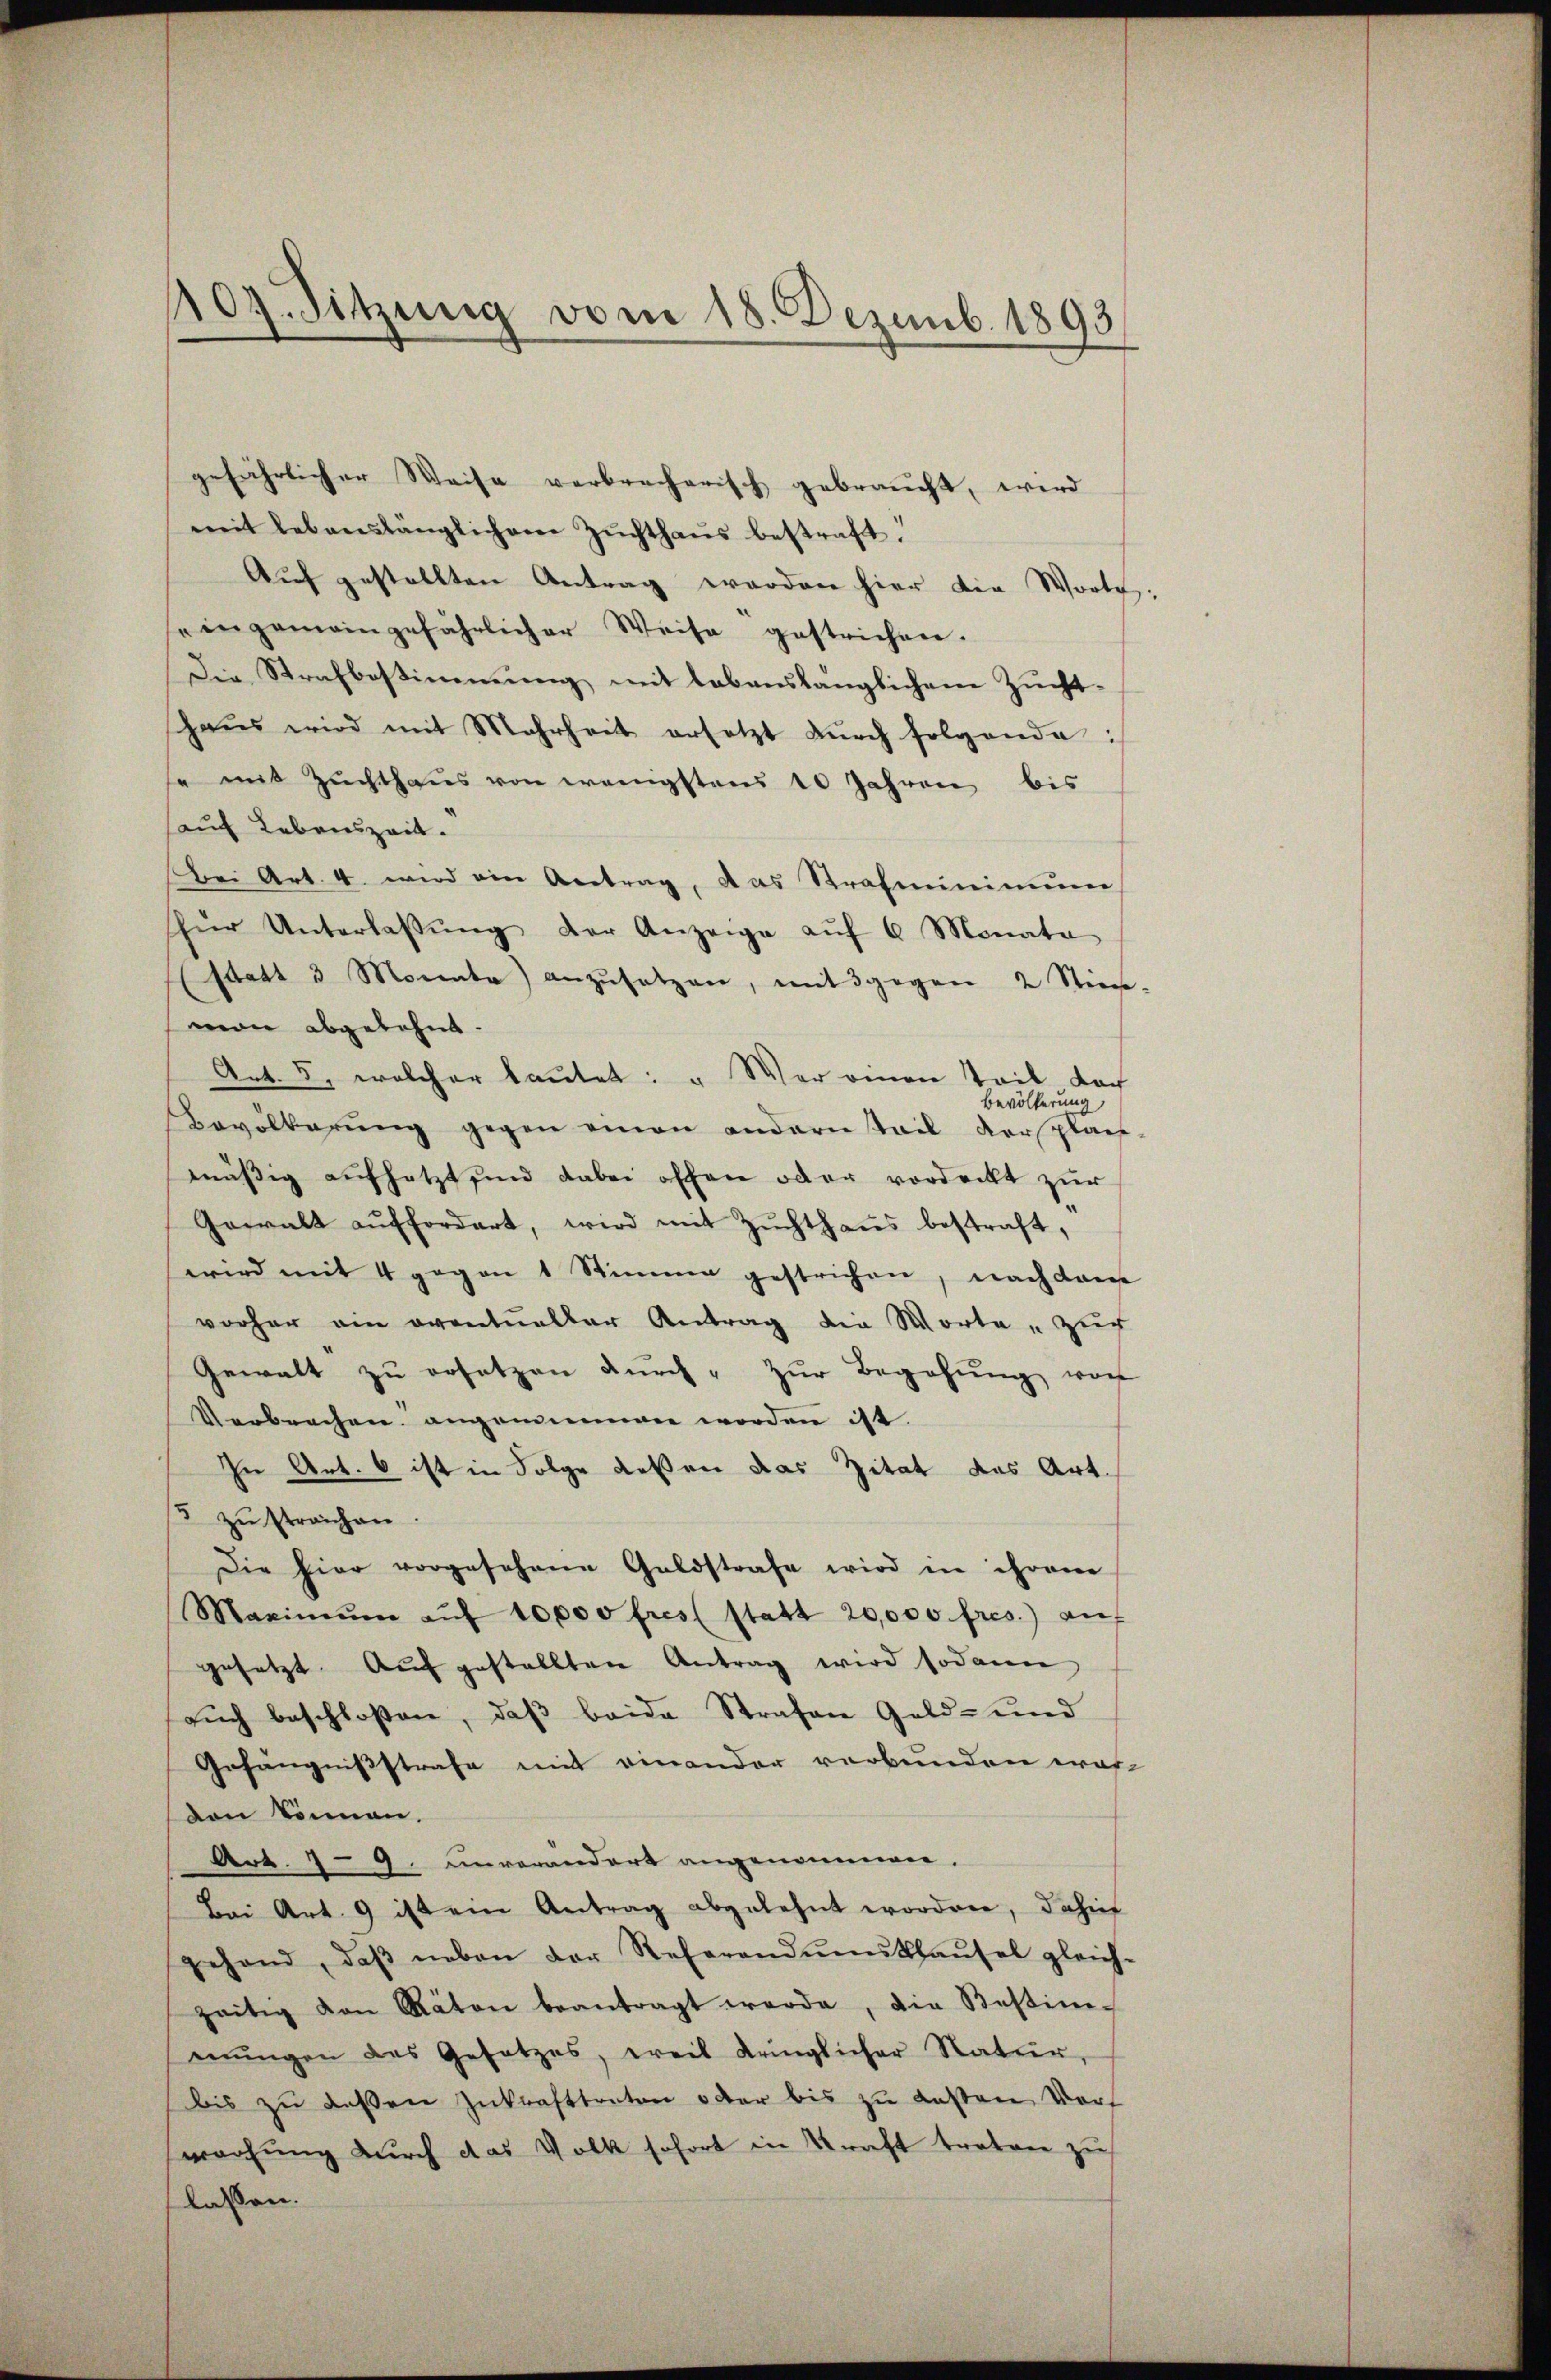
107. Sitzung vom 18. Dezemb. 1893

gefährlicher Weise verbrecherisch gebraucht, wird
mit lebenslänglichem Zŭchthaŭs bestraft.
Aŭf gestellten Antrag werden hier die Worte:
eingemeingefährlicher Weise gestrichen.
Die Strafbestimmung mit lebenslänglichem Zuchthaŭs wird mit Mehrheit ersetzt dŭrch folgende :/
se mit Zuchthaŭs von wenigstens 10 Jahren bis
auf Lebenszeit.
Bei Art. 4. wird ein Antrag, das Strafminimum
für Unterlassŭng der Anzeige aŭf 6 Monata
(statt 3 Monate) anzŭsetzen, mit 3 gegen 2 Stiege-
man abgelehnt.
Art. 5, welcher lautet: „Wer einen Teil doch
bevölkerung
Bevölkerung gegen einen andern tail versplach
mäβig aufsetzt sind dabei offen oder vordeckt zur
Gewalt auffordert, wird mit Zŭchthaŭs bestraft,
wird mit 4 gegen 1 Stimme gestrichen, nach dan
vorher ein eventueller Antrag die Worte „zur
Gewalt zu ersetzen durch - Zur Begehung vorh
Verbrechen angenommen worden ist.
In Art. 6 ist in Folge dessen das Zitat das Art.
3 zu streichen.
Die hier vorgesehene Geldstrafe wird in ihrem
Maximŭm aŭf 10000 fres statt 20,000 fres.) auf
gesetzt. Auf gestellten Antrag wird sodann
auch beschloßen, daß beide Strafen Geld- und
Gefängnißstrafe mit einander verbunden eröfden können.
Art. 7 - 9. unverändert angenommen.
Bei Art. 9 ist ein Antrag abgelehnt worden, dahin
gehand, daβ neben der Referandŭmsthaŭsel gleich-
zeitig von Räten beantragt werde, die Bestim-
mŭngen des Gesetzes, weil dringlicher Natur,
bis zu deßen Zukrafttreten oder bis zu deßen Vors
wachung durch das Volk sofort in Kraft traben zu
lassen.